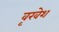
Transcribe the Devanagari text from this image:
वृखेश